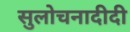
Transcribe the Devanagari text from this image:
सुलोचनादीदी